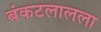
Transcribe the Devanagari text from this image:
बंकटलालला